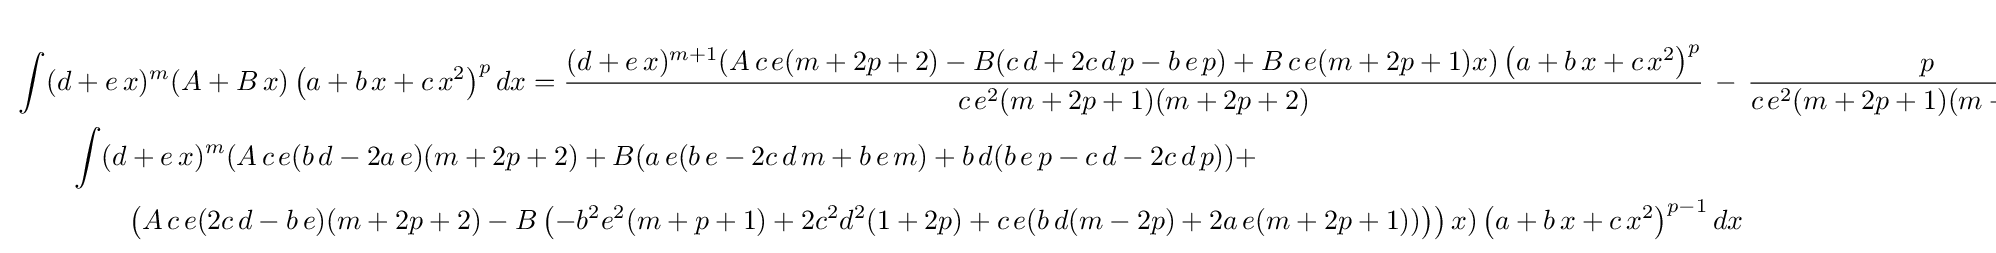
{\begin{aligned}&\int (d+e\,x)^{m}(A+B\,x)\left(a+b\,x+c\,x^{2}\right)^{p}dx={\frac {(d+e\,x)^{m+1}(A\,c\,e(m+2p+2)-B(c\,d+2c\,d\,p-b\,e\,p)+B\,c\,e(m+2p+1)x)\left(a+b\,x+c\,x^{2}\right)^{p}}{c\,e^{2}(m+2p+1)(m+2p+2)}}\,-\,{\frac {p}{c\,e^{2}(m+2p+1)(m+2p+2)}}\,\cdot \\&\qquad \int (d+e\,x)^{m}(A\,c\,e(b\,d-2a\,e)(m+2p+2)+B(a\,e(b\,e-2c\,d\,m+b\,e\,m)+b\,d(b\,e\,p-c\,d-2c\,d\,p))+\\&\qquad \qquad \left(A\,c\,e(2c\,d-b\,e)(m+2p+2)-B\left(-b^{2}e^{2}(m+p+1)+2c^{2}d^{2}(1+2p)+c\,e(b\,d(m-2p)+2a\,e(m+2p+1))\right)\right)x)\left(a+b\,x+c\,x^{2}\right)^{p-1}dx\end{aligned}}